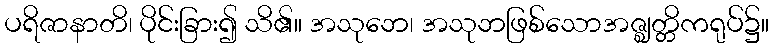
ပရိဇာနာတိ၊ ပိုင်းခြား၍ သိ၏။ အသုဘေ၊ အသုဘဖြစ်သောအဇ္ဈတ္တိကရုပ်၌။